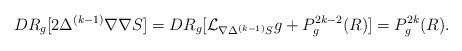
LaTeX: \begin{align*} DR_g[2\Delta^{(k-1)}\nabla\nabla S] = DR_g[\mathcal{L}_{\nabla \Delta^{(k-1)}S} g + P^{2k-2}_g(R)] = P^{2k}_g(R).\end{align*}